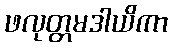
ဖလုတ္တမဒါယိကာ